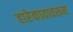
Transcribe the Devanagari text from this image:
हारेकावावरून